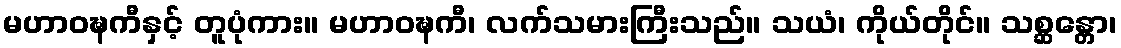
မဟာဝဍ္ဎကီနှင့် တူပုံကား။ မဟာဝဍ္ဎကီ၊ လက်သမားကြီးသည်။ သယံ၊ ကိုယ်တိုင်။ သစ္ဆန္တော၊